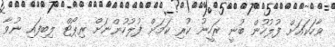
ވާހަކައަށް ފުލުހުން ބުނީ ރަހީނު ކުރި ކަމަށް ފުލުހުންނަށް ރިޕޯޓް ލިބިފައި ނުވާ